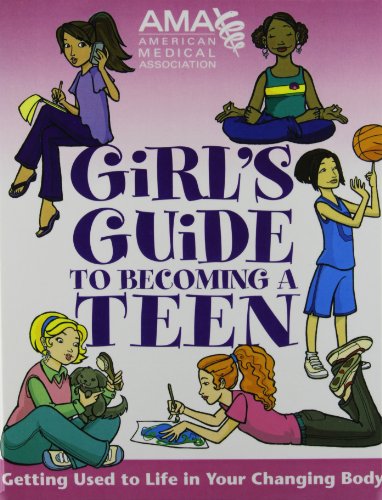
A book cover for American Medical Association Girl's Guide to Becoming a Teen: Girl's Guide to Becoming a Teen; Kate Gruenwald Pfeifer; Teen & Young Adult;